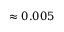
\approx 0 . 0 0 5